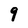
Character: 9